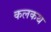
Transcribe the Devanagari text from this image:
कलकथ